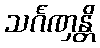
သင်္ဂဏှန္တိ